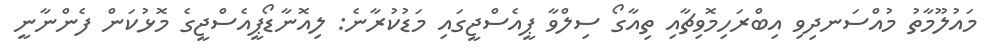
މައުލޫމާތު މުއްސަނދިވި އިބްރަހިމޮވިޗާއި ތިއާގޯ ސިލްވާ ޕީއެސްޖީގައި މަޑުކުރާނެ: ލިއޮނާޑޯޕީއެސްޖީގެ މޮޅުކަން ފެންނާނީ